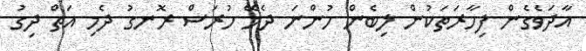
އާދަވެގެން ފިހާރަތަކުން ލިބެން ހުންނަ ދެމޭ ހުރަސް ރޮނގު ދެމި އަތް ދިގު